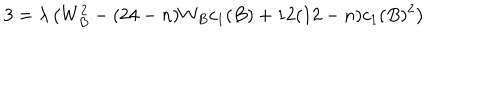
LaTeX: 3 = \lambda \left( W _ { B } ^ { 2 } - ( 2 4 - n ) W _ { B } c _ { 1 } ( B ) + 1 2 ( 1 2 - n ) c _ { 1 } ( B ) ^ { 2 } \right)